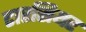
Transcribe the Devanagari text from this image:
टारसियर